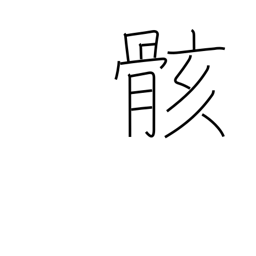
Meaning: body